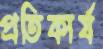
প্রতিকার্য